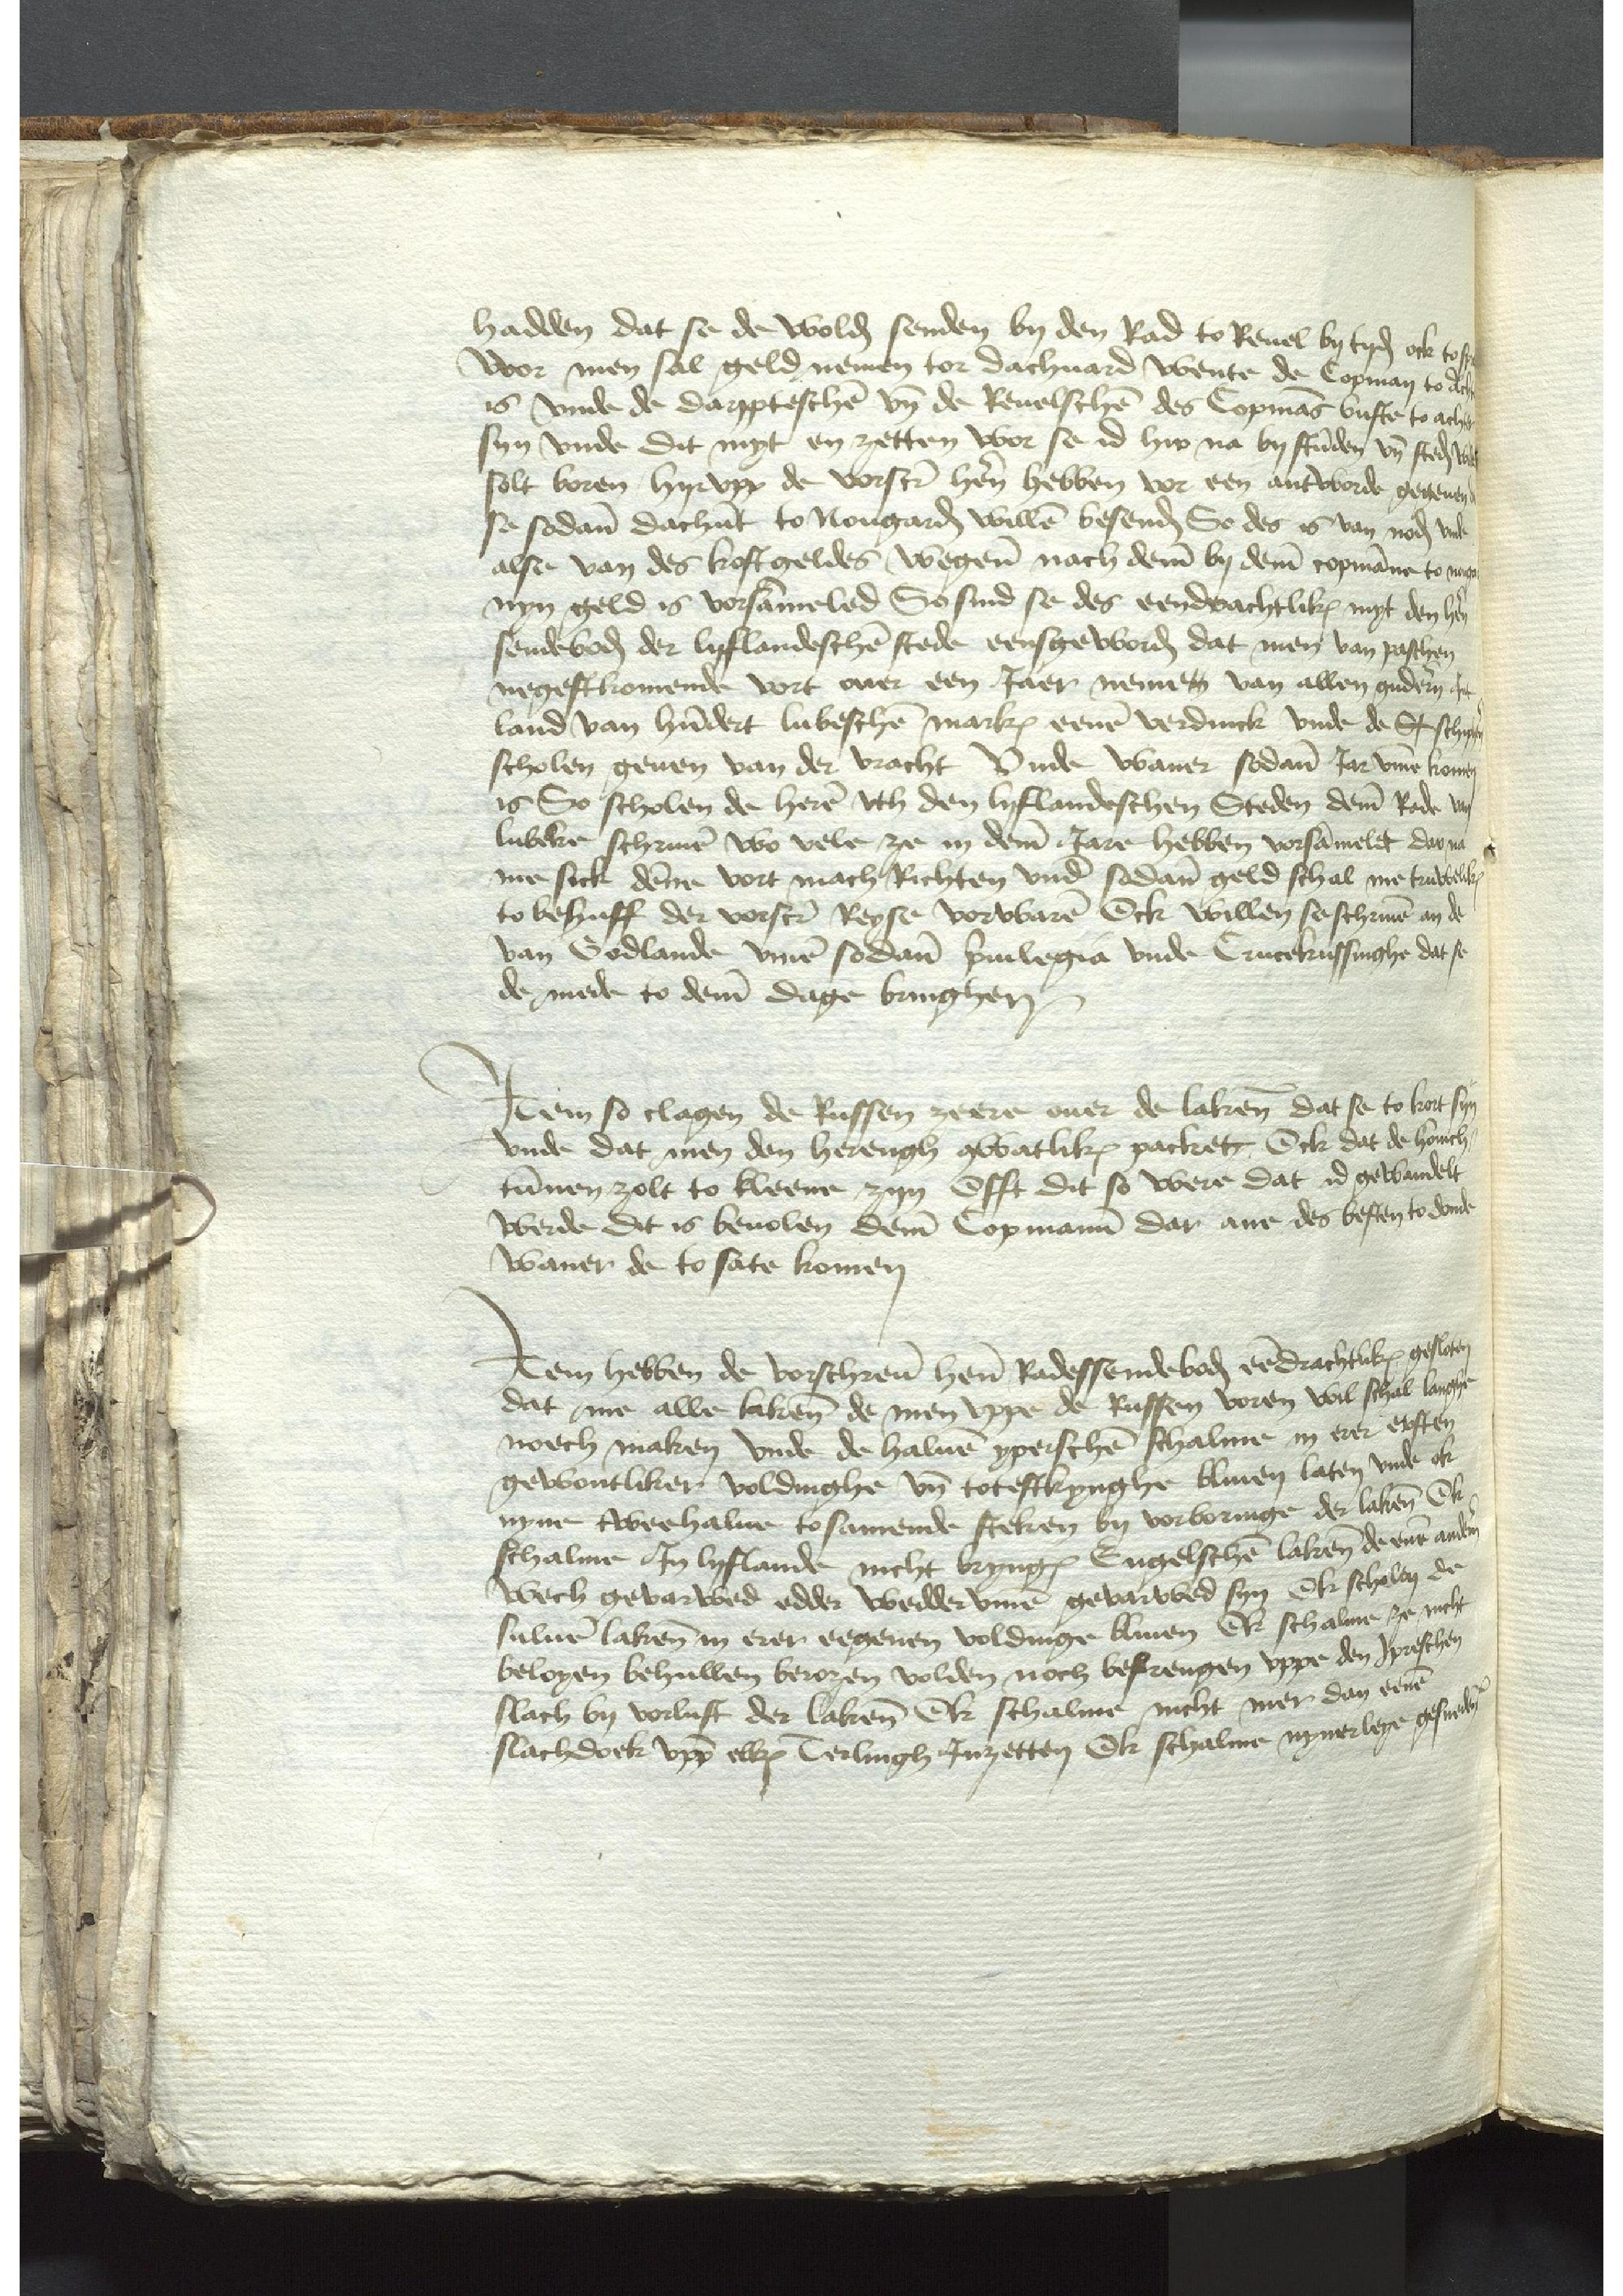
hadden dat se de wolden senden by den Rad to Reuel by tyden to spreken
Wor men sal geld nemen tor dachuard wente de Copman to achter
is vnde de darppteschen vnd de Reuelschen des Copmans vuste to achte
syn vnde dit myt en zetten wor se id hir na by stunden vnd steden wedder
solt boren hyrvpp de vorscreuen hern hebben vor een antworde gegeuen dat
se sodanen dachuart to Nougarden willen besenden So des is van noden vnd
alse van des kostgeldes wegenen nach deme by deme copmanne to nege
nyn geld es vorsammeled So sind se des eendrachtliken myt den heren
sendeboden der Lyflandeschen stede eensgeworden dat men van paschen
negestkomende vort ouer een Jaer nemett van allen guderen Jnt
land van hundert Lubeschen markes eenen verdunck vnde de St schiphere
scholen geuen van der vracht Vnde waner sodanen Jar vmme komen
is So scholen de heren vth den lyflandeschen Steden deme Rade van
Lubeke schriuen wo vele ze in deme Jare hebben vorsammelet dar na
me sick denne vort mach Richten vnd sodanen geld schal men truweliken
to behuff der vorscreuen Reyse vorwaren Ock willen se schriuen an de
van Godlande vmme sodane priuilegia vnde Crucekussinghe dat se
de mede to deme dage bringhen

Jtem so clagen de Russen zeere ouer de lakenen dat se to kort syn
vnde dat men dem herengh qwatlikes packet, Ock dat de honich
tunnen zolt to kleene zyn Offt dit so were dat id gewandelt
werde dit is beuolen deme Copmanne dar ane des besten to donde
waner de to sate komen

Jtem hebben de vorschreuen heren Radessendeboden eendrachtlikes gesloten
dat me alle lakenen de men vppe de Russen voren wol schal langhe
noech maken vnde de haluen yperschen schalme in erer ersten
gewontliker voldinghe vnd totestkynghe bliuen laten vnde ok
nyne twee halue tosamende steken by vorboringe der lakenen Ok
schalme Jn Lyflande nicht bryngen Engelschen lakenen de enen anderen
wech gevarwed edder weddervmme gevarwed syn Ok scholen de
suluen lakenen in erer eegenen voldinge bliuen Ok schalme ze nicht
belogen behullen beroren volden noch befrengen vppe den Jpeschen
slach by vorlust der lakenen Ok schalme nicht mer dan eenen
slachdork vpp elken Terlingh Jnzetten Ok schalme nynerleye gesnedene